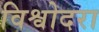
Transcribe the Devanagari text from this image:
विश्वोदरा